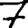
Digit: 7